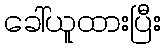
ခေါ်ယူထားပြီး